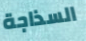
السذاجة